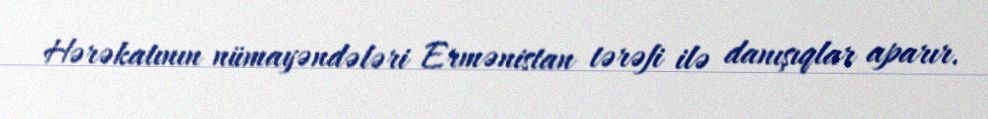
Hərəkatının nümayəndələri Ermənistan tərəfi ilə danışıqlar aparır.